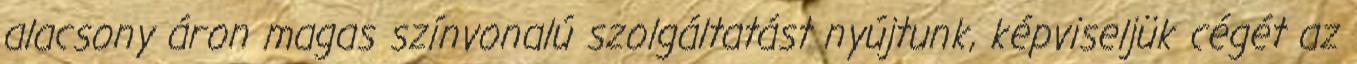
alacsony áron magas színvonalú szolgáltatást nyújtunk, képviseljük cégét az